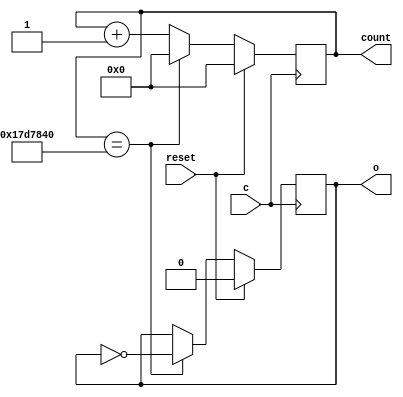
`timescale 1ns / 1ps
//////////////////////////////////////////////////////////////////////////////////
// Company: 
// Engineer: 
// 
// Design Name: 
// Module Name:    clk_divide 
// Project Name: 
// Target Devices: 
// Tool versions: 
// Description: 
//
// Dependencies: 
//
// Revision: 
// Revision 0.01 - File Created
// Additional Comments: 
//
//////////////////////////////////////////////////////////////////////////////////
module clk_divide(c,o,count,reset);
input c,reset;
output reg o;
output reg [24:0] count;

always @ (negedge c)
begin
if(reset)
 begin
  count <= 0;
  o<=0;
 end
 else begin
  if(count==25'd25000000)
  begin
   o <= ~o;
	count <=25'd0;
  end
  else
  begin  
  count <= count + 1;
  end
 end
end

endmodule